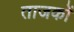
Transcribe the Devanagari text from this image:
ताजकों